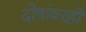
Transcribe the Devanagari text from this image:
दोषांवरही